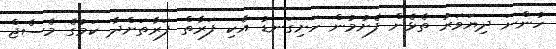
ހުންނަ ދިޔަވަރު ތެޅެން ފެށުމުން ހަށިގަނޑު އެކި ފަރާތް ފަރާތަށްދާ ކަމުގެ މެސެޖް